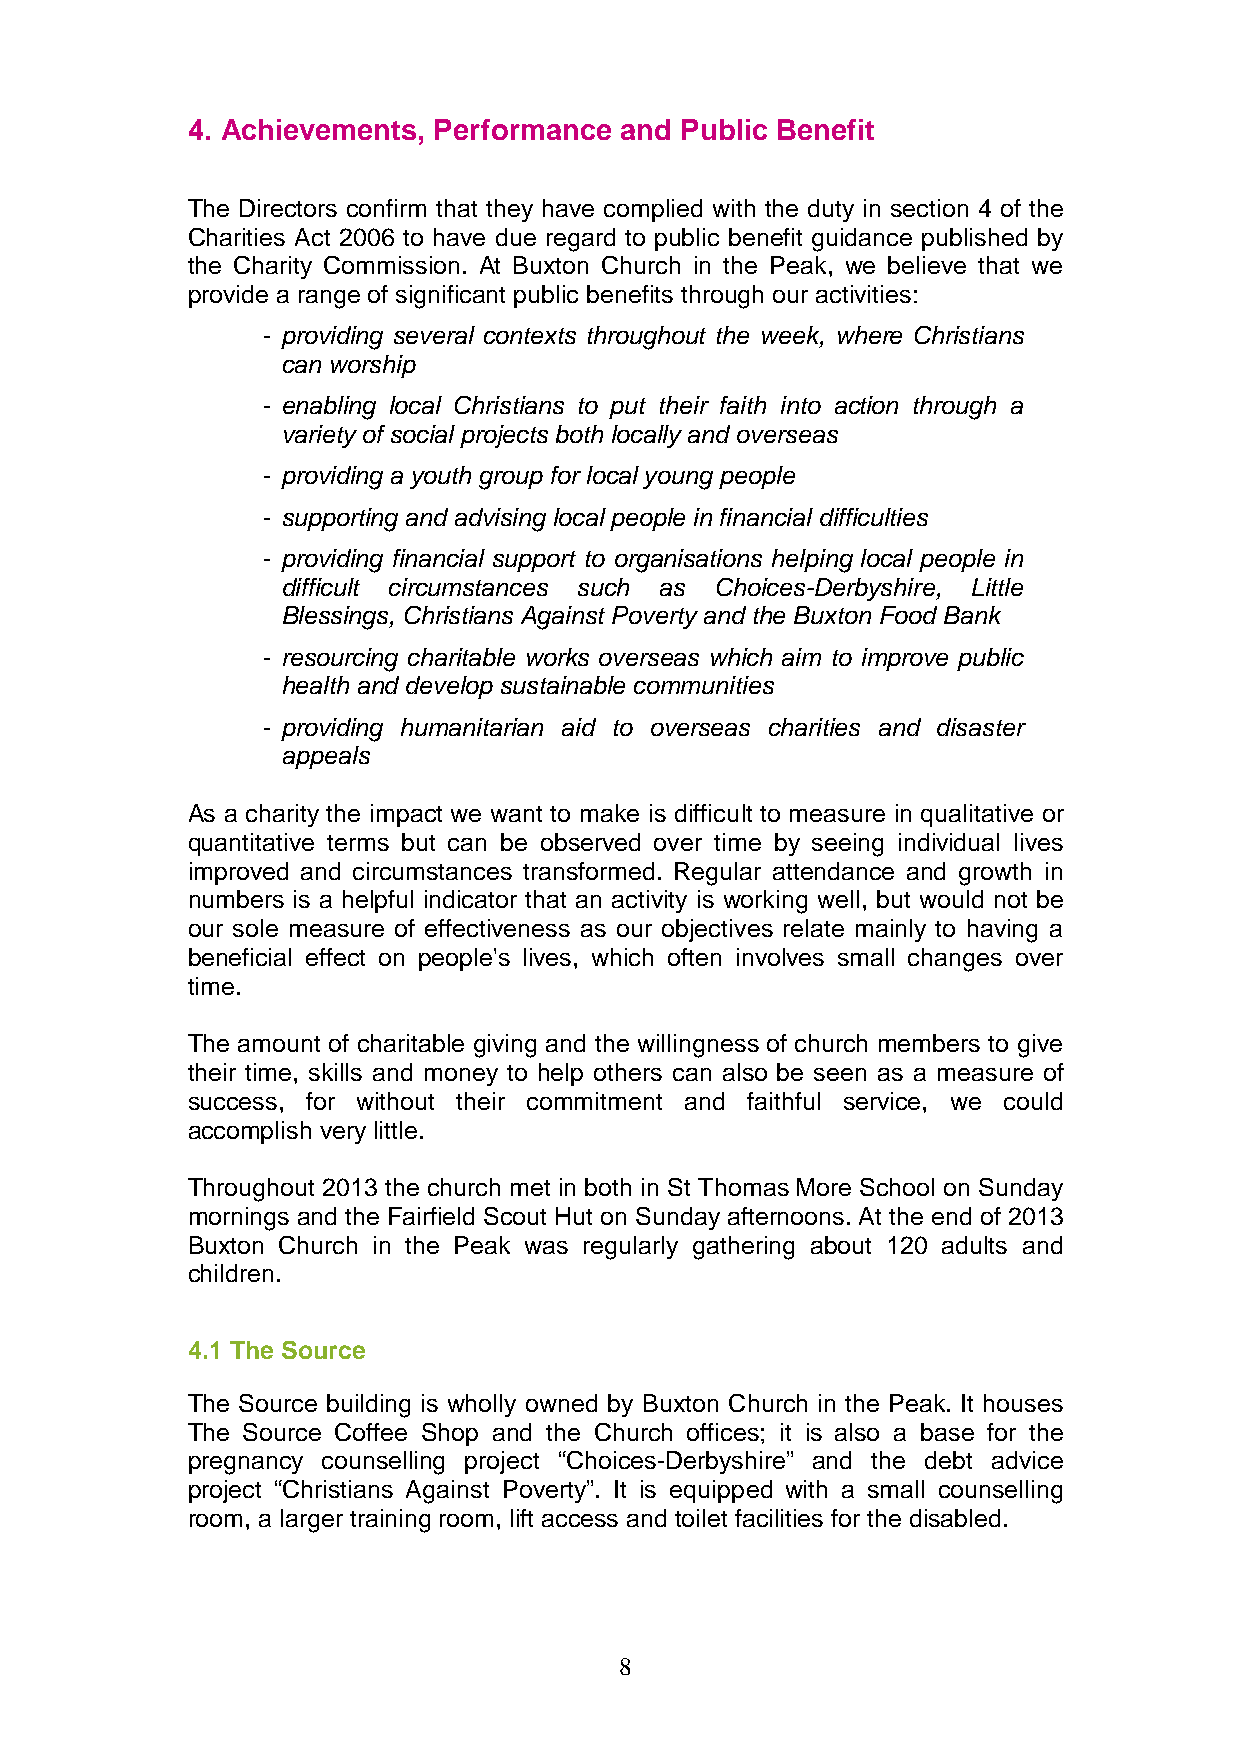
4. Achievements, Performance and Public Benefit
 The Directors confirm that they have complied with the duty in section 4 of the
 Charities Act 2006 to have due regard to public benefit guidance published by
 the Charity Commission. At Buxton Church in the Peak, we believe that we
 provide a range of significant public benefits through our activities:
 - providing several contexts throughout the week, where Christians
 can worship
 - enabling local Christians to put their faith into action through a
 variety of social projects both locally and overseas
 - providing a youth group for local young people
 - supporting and advising local people in financial difficulties
 - providing financial support to organisations helping local people in
 difficult circumstances such as Choices-Derbyshire, Little
 Blessings, Christians Against Poverty and the Buxton Food Bank
 - resourcing charitable works overseas which aim to improve public
 health and develop sustainable communities
 - providing humanitarian aid to overseas charities and disaster
 appeals
 As a charity the impact we want to make is difficult to measure in qualitative or
 quantitative terms but can be observed over time by seeing individual lives
 improved and circumstances transformed. Regular attendance and growth in
 numbers is a helpful indicator that an activity is working well, but would not be
 our sole measure of effectiveness as our objectives relate mainly to having a
 beneficial effect on people's lives, which often involves small changes over
 time.
 The amount of charitable giving and the willingness of church members to give
 their time, skills and money to help others can also be seen as a measure of
 success, for without their commitment and faithful service, we could
 accomplish very little.
 Throughout 2013 the church met in both in St Thomas More School on Sunday
 mornings and the Fairfield Scout Hut on Sunday afternoons. At the end of 2013
 Buxton Church in the Peak was regularly gathering about 120 adults and
 children.
 4.1 The Source
 The Source building is wholly owned by Buxton Church in the Peak. It houses
 The Source Coffee Shop and the Church offices; it is also a base for the
 pregnancy counselling project “Choices-Derbyshire” and the debt advice
 project “Christians Against Poverty”. It is equipped with a small counselling
 room, a larger training room, lift access and toilet facilities for the disabled.
 8